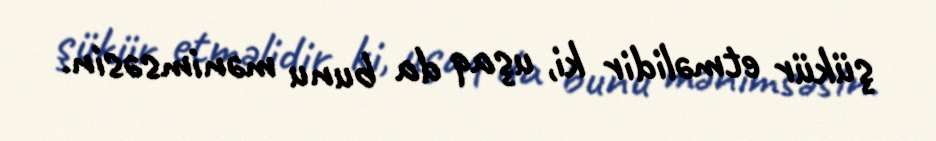
şükür etməlidir ki, uşaq da bunu mənimsəsin.